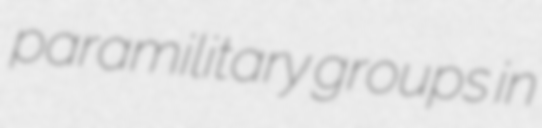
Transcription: paramilitary groups in